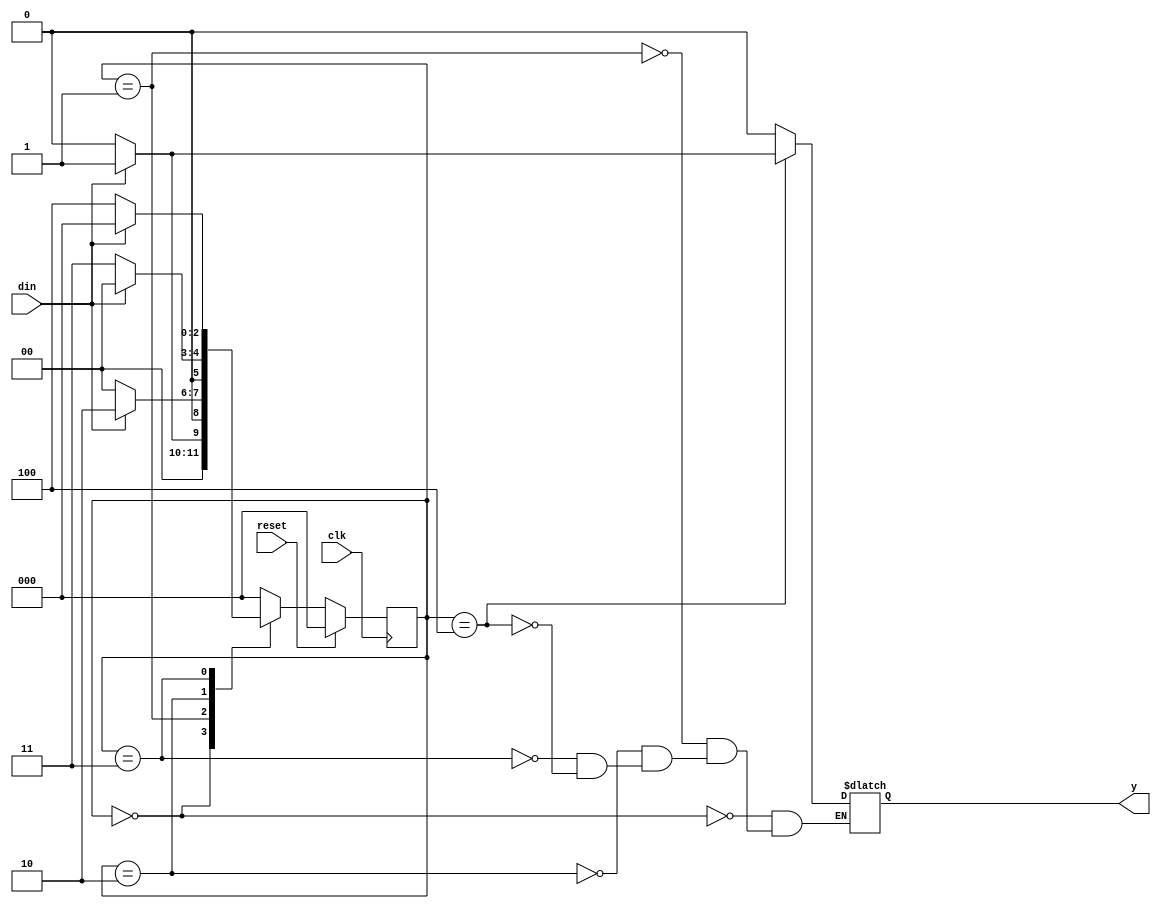
// This program was cloned from: https://github.com/ekb0412/100DaysofRTL
// License: Apache License 2.0

`timescale 1ns / 1ps

module fsm_11001(
    input din,clk,reset,
	output reg y);
	
	reg[2:0] cst, nst;	
	parameter S0=3'b000,
              S1=3'b001,
              S2=3'b010,
              S3=3'b011,
              S4=3'b100;
				 
	always@ (posedge clk)
	begin
		if(reset)
			cst<=S0;
		else
			cst<=nst;
	end
	
	always @(cst or din)
	begin
		case(cst)
			S0: if(din==1'b1)
					begin
						nst<=S1;
						y<=1'b0;
					end
				 else
					begin
						nst<=S0;
						y<=1'b0;
					end
				
			S1: if(din==1'b1)
					begin
						nst<=S2;
						y<=1'b0;
					end
				 else
					begin
						nst<=S0;
						y<=1'b0;
					end
					
			S2: if(din==1'b1)
					begin
						nst<=S0;
						y<=1'b0;
					end
				 else
					begin
						nst<=S3;
						y<=1'b0;
					end
					
			S3: if(din==1'b1)
					begin
						nst<=S0;
						y<=1'b0;
					end
				 else
					begin
						nst<=S4;
						y<=1'b0;
					end
					
            S4: if(din==1'b1)
                    begin
                        nst<=S0;
                        y<=1'b1;
                    end
                 else
                    begin
                        nst<=S0;
                        y<=1'b0;
                    end
					
		default: nst<=S0;
		endcase
	end
endmodule